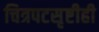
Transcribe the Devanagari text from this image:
चित्रपटसृष्टीही